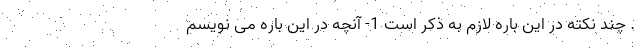
. چند نکته در این باره لازم به ذکر است 1- آنچه در این باره می نویسم